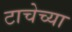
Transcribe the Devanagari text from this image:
टाचेच्या